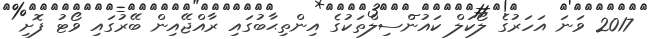
2017 ވަނަ އަހަރުގެ ލޯކަލް ކައުންސިލްތަކުގެ އިންތިޙާބުގައި ރާއްޖޭއިން ބޭރުގައި ވޯޓު ފޮށި